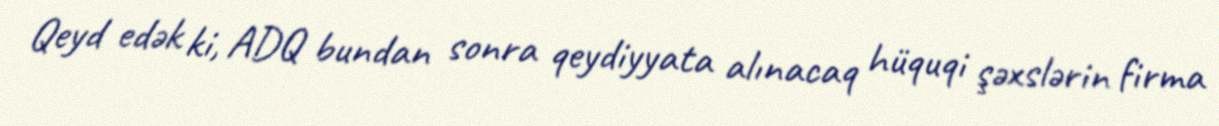
Qeyd edək ki, ADQ bundan sonra qeydiyyata alınacaq hüquqi şəxslərin firma